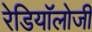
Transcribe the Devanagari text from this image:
रेडियॉलोजी